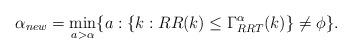
LaTeX: \begin{align*}\alpha_{new}=\underset{a>\alpha}{\min} \{a: \{k:RR(k)\leq \Gamma_{RRT}^{\alpha}(k)\}\neq\phi\}.\end{align*}